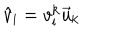
\hat { v } _ { \mathrm { i } } = v _ { \mathrm { i } } ^ { \mathrm { k } } \vec { u } _ { \mathrm { k } }